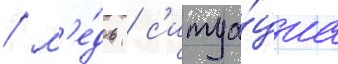
/ м'е́дь / с'итуа́циа